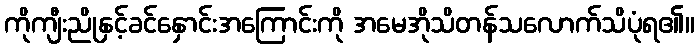
ကိုကျီးညိုနှင့်ခင်နှောင်းအကြောင်းကို အမေအိုသိတန်သလောက်သိပုံရ၏။